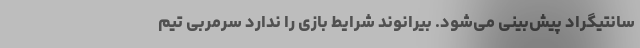
سانتیگراد پیش‌بینی می‌شود. بیرانوند شرایط بازی را ندارد سرمربی تیم